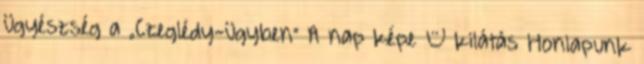
ügyészség a „Czeglédy-ügyben” A nap képe – kilátás Honlapunk